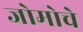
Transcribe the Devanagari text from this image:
जोमोचे